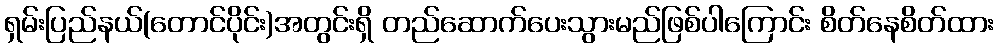
ရှမ်းပြည်နယ်(တောင်ပိုင်း)အတွင်းရှိ တည်ဆောက်ပေးသွားမည်ဖြစ်ပါကြောင်း စိတ်နေစိတ်ထား